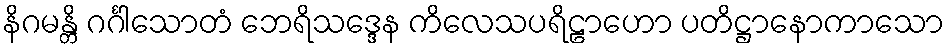
နိဂမန္တိ ဂင်္ဂါသောတံ ဘေရိသဒ္ဒေန ကိလေသပရိဠာဟော ပတိဋ္ဌာနောကာသော